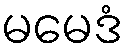
မမေဒံ